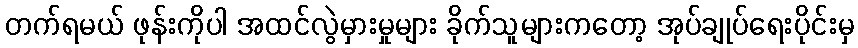
တက်ရမယ် ဖုန်းကိုပါ အထင်လွဲမှားမှုများ ခိုက်သူများကတော့ အုပ်ချုပ်ရေးပိုင်းမှ